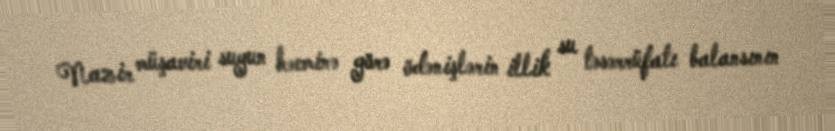
Nazir müşaviri suyun həcminə görə ödənişlərin illik su təsərrüfatı balansının